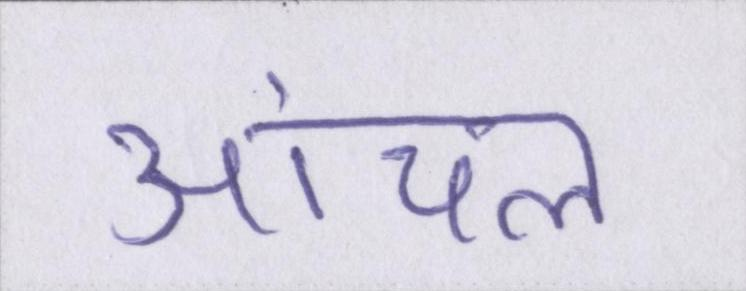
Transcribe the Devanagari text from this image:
आंचल